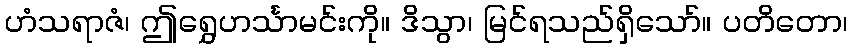
ဟံသရာဇံ၊ ဤရွှေဟင်္သာမင်းကို။ ဒိသွာ၊ မြင်ရသည်ရှိသော်။ ပတိတော၊